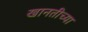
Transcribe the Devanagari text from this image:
खानतीच्या